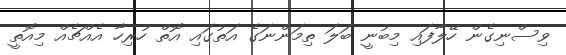
ވިސްނިގެން ހޭލާފައި މިބުނީ ބަލަ ތިމަންނަގެ އަތުގައި އޮތް ހުރިހާ އެއްޗެއް މިއޮތީ